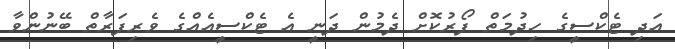
އަދި ޓެކްސީގެ ހިދުމަތް ފޯރުކޮށް ދެމުން ދަނީ އެ ޓެކްސީއެއްގެ ވެރިފަރާތް ބޭނުންވާ